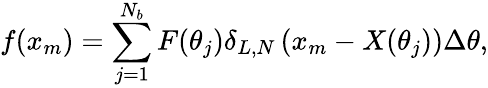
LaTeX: f(x_{m})=\sum_{j=1}^{N_{b}}F(\theta_{j})\delta_{L,N}\left(x_{m}-X(\theta_{j})\right)\Delta\theta,